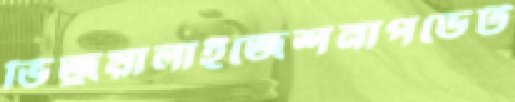
ভিজুয়ালাইজেশনাপডেট